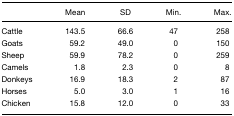
<table><thead><tr><td></td><td><b>Mean</b></td><td><b>SD</b></td><td><b>Min.</b></td><td><b>Max.</b></td></tr></thead><tbody><tr><td>Cattle</td><td>143.5</td><td>66.6</td><td>47</td><td>258</td></tr><tr><td>Goats</td><td>59.2</td><td>49.0</td><td>0</td><td>150</td></tr><tr><td>Sheep</td><td>59.9</td><td>78.2</td><td>0</td><td>259</td></tr><tr><td>Camels</td><td>1.8</td><td>2.3</td><td>0</td><td>8</td></tr><tr><td>Donkeys</td><td>16.9</td><td>18.3</td><td>2</td><td>87</td></tr><tr><td>Horses</td><td>5.0</td><td>3.0</td><td>1</td><td>16</td></tr><tr><td>Chicken</td><td>15.8</td><td>12.0</td><td>0</td><td>33</td></tr></tbody></table>